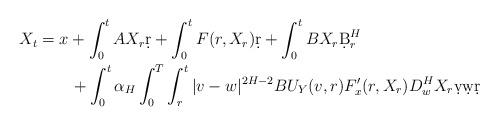
LaTeX: \begin{align*}X_t&=x+ \int_0^t AX_r\d r +\int_0^t F(r,X_r)\d r + \int_0^t BX_r\d B^H_r\\&\qquad+\int_0^t\alpha_H\int_0^T\int_r^t|v-w|^{2H-2}BU_Y(v,r)F'_x(r,X_r)D^H_w X_r\d v\d w\d r\end{align*}